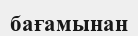
бағамынан